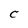
Character: C